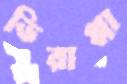
ভিরাপ্পা